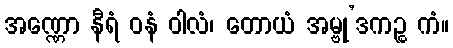
အဏ္ဏော နီရံ ဝနံ ဝါလံ၊ တောယံ အမ္ဗု’ဒကဉ္စ ကံ။